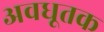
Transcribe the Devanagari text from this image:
अवधूतक